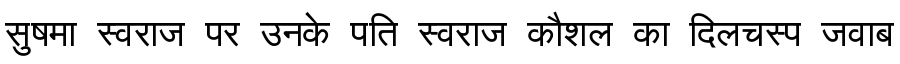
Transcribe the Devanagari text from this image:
सुषमा स्वराज पर उनके पति स्वराज कौशल का दिलचस्प जवाब